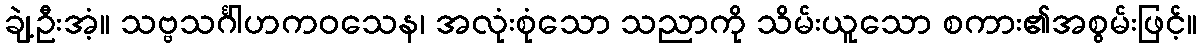
ချဲ့ဦးအံ့။ သဗ္ဗသင်္ဂါဟကဝသေန၊ အလုံးစုံသော သညာကို သိမ်းယူသော စကား၏အစွမ်းဖြင့်။